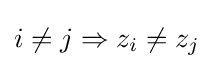
i\neq j\Rightarrow z_{i}\neq z_{j}